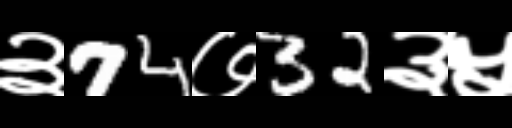
Text: ३74७32३५